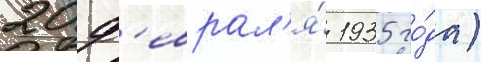
20 ф'еврал'я́ 1935 го́да)